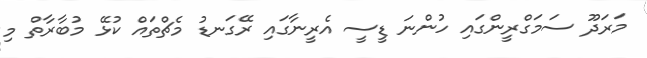
މަރަދޫ ސަމަގްރީންގައި ހުންނަ ޑީސީ އެރީނާގައި ރޭގަނޑު މެޗްތައް ކުޅޭ މުބާރާތް މި